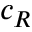
c _ { R }